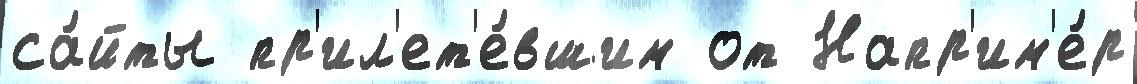
са́йты пр'ил'ет'е́вшим от Напр'им'е́р